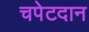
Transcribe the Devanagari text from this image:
चपेटदान